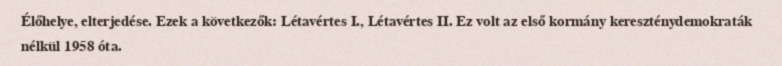
Élőhelye, elterjedése. Ezek a következők: Létavértes I., Létavértes II. Ez volt az első kormány kereszténydemokraták nélkül 1958 óta.